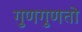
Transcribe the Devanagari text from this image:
गुणगुणतो